Annual report on the working of the mental hospitals in the Madras Presidency - 1912-1932
Year: 1912
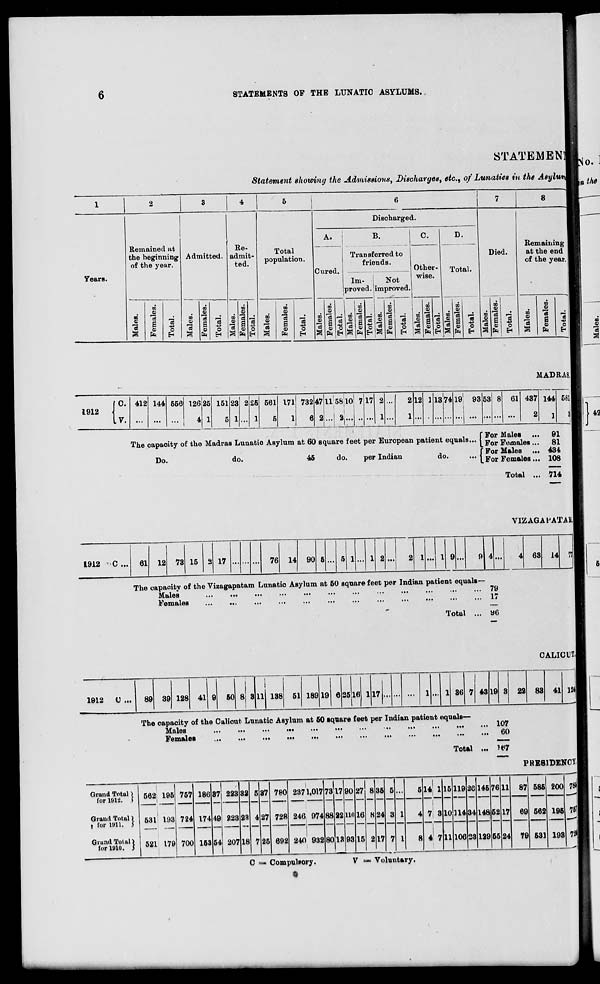
6
STATEMENTS OF THE LUNATIC ASYLUMS.
STATEMEN:
Statement showing the Admissions, Discharges, etc., of Lunatics in the Asylur
1
2
3
4
5
i '
8
Discharged.
A.
B.
C. I D.
Remained tit
the beginning
of the year.
Re-
admit-
ted.
|
Remaining
at the end
of the year.
Admitted.
Total
population.
.
Transferred to
friends.
Died.
Cured.
Not
Other-
wise.
Total.
Years.
Im- i
•
proved, jimproved.
00
so
02
00
00
en
1
1 tn
rfi
m
00
m
u>
O)
V
<D
«o
Co
CO
(11
CO
e
00
3
F!
oo
c3 i-J
00 13 pj 00
1
CO
s _: 00 3 M ! 00 "3
00 IS • 00 "3 J 00 ■ s
00
13
_;
a o
fa
o
13
a
6
03
fa
c3
o
EH
a 9
fa
■4-)
o
EH
13
a
i
0)
fa
3
o
EH
01
a
a
fa
d
O
01
13
a
a
0)
fa
Tota
Male
a
0)
fa
3
■&
o
EH
CO
13
a
a
0)
fa
C3
O 13
a
a
CO
fa
as
-p
o
EH
i a a
0)
fa
3
43
O
EH
CO
13
a
a
CO
fa
0
E-
MADRAS,
[C.
1912
|
I v.
412 144 556 126
4
25
1
151
5
23
1
2 25
1
561
5
171
1
732
6
47
2
115810
. . . L
7 17 2
1
...
2
1
12 1 1374 19i 93
i
1
... ...
53 8 61 437
2
144
]
581
J
The oapaoity of the Madras Luuatio Asylum at 60 square feet per European patient equals...
Do.
do.
45
do.
per Indian
do.
For Males ...
91
For Females...
81
' For Males ... 434
.For Females... 108
Total ... 714
VIZAGAl'ATAM
1912
C ... 61 12 73 15 2 17
76 14 90 5 ... 5 1 ... 1 2 ...
2 1 ... 1 9 ...
9 4 ...
4 63 14 fl'
The capacity of the Viaagapatam Lunatio Asylum at 50 square feet per Indian patient equals—
Males
...
...
...
...
...
...
...
•••
•••
•••
•••
••• 79
Females
...
...
...
...
...
...
...
...
...
•••
•••
... 17
Total ... y6
1912
U ...
89 39 128 41
50
11 138 51 189 19 6 2516
17
36
43 19
CALICUTl
22 83 41 ia
The capacity of the Caliout Lunatic Asylum at 50 square feet per Indian patient equals—
MnleB
...
...
...
•••
...
...
...
••
...
...
>•»
••• 107
Females
...
...
...
...
...
...
...
...
•••
...
•••
•••
"''
Total ... ?t*7
PRESIDENCY.
Grand Total >
for 1912. S
562 195
i
531 193
m
___
1 521 179
757
724
700
186
174
153
87
49
54
223
223
207
32
23
18
5
4
7
37
27
25
780
728
692
2371,017
246 974
240 932
,3
88
80
17
22
13
90
110
93
27
16
15
8
8
2
35
24
17
5
5 14 1 15 119
114
106
2G
34
88
146
148
129
76
62
65
11 87 585
562
531
200
196
193
781
76'
73*
1 i
Grand Total)
j for 1911. 5
Grand Tolul)
for 11)10. j
3
7
1
1
4
8
7 3
4 ! 7
10
11
17
24
69
79
0 =^ Compulsory.
i
V =■= Voluntary.